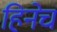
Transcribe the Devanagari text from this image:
हिनेच